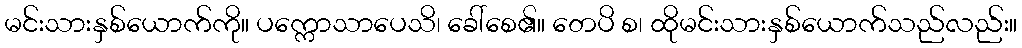
မင်းသားနှစ်ယောက်ကို။ ပက္ကောသာပေသိ၊ ခေါ်စေ၏။ တေပိ စ၊ ထိုမင်းသားနှစ်ယောက်သည်လည်း။